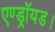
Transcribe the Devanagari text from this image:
एण्ड्रॉयड।